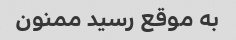
به موقع رسید ممنون